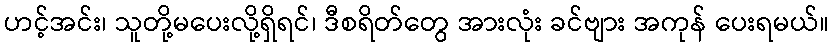
ဟင့်အင်း၊ သူတို့မပေးလို့ရှိရင်၊ ဒီစရိတ်တွေ အားလုံး ခင်ဗျား အကုန် ပေးရမယ်။